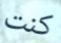
كنت